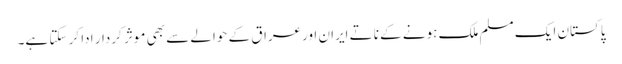
پاکستان ایک مسلم ملک ہونے کے ناتے ایران اورعراق کے حوالے سے بھی موثر کردار ادا کر سکتا ہے۔